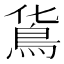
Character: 𩾹